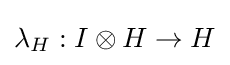
\lambda _{H}:I\otimes H\to H